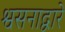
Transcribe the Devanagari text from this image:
श्वसनाद्वारे